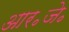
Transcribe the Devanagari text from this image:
आर॰जे॰